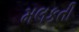
મલકતી